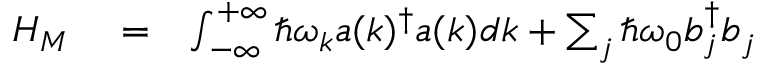
\begin{array} { r l r } { H _ { M } } & { { } = } & { \int _ { - \infty } ^ { + \infty } \hbar \omega _ { k } a ( k ) ^ { \dag } a ( k ) ^ { \vphantom { \dag } } d k + \sum _ { j } \hbar \omega _ { 0 } b _ { j } ^ { \dag } b _ { j } ^ { \vphantom { \dag } } } \end{array}